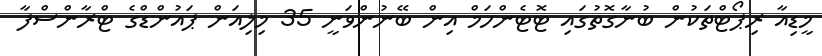
މީޑިއާ ރިޕޯޓްތަކުން ބުނާގޮތުގައި ޓޮޓެންހަމް އިން ބޭނުންވަނީ 35 މިލިއަން ޕައުންޑްގެ ޓްރާންސްފާ